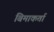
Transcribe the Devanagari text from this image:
बिमाकर्ता